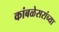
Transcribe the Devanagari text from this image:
कांबळेसरांच्या